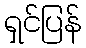
ရှင်ပြန်